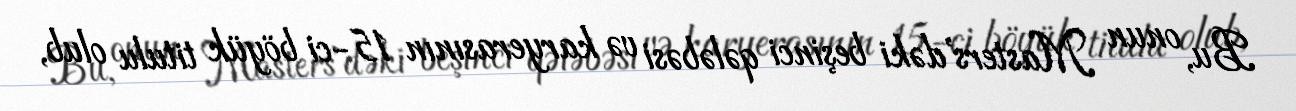
Bu, onun Masters'dəki beşinci qələbəsi və karyerasının 15-ci böyük titulu olub,